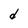
Character: d